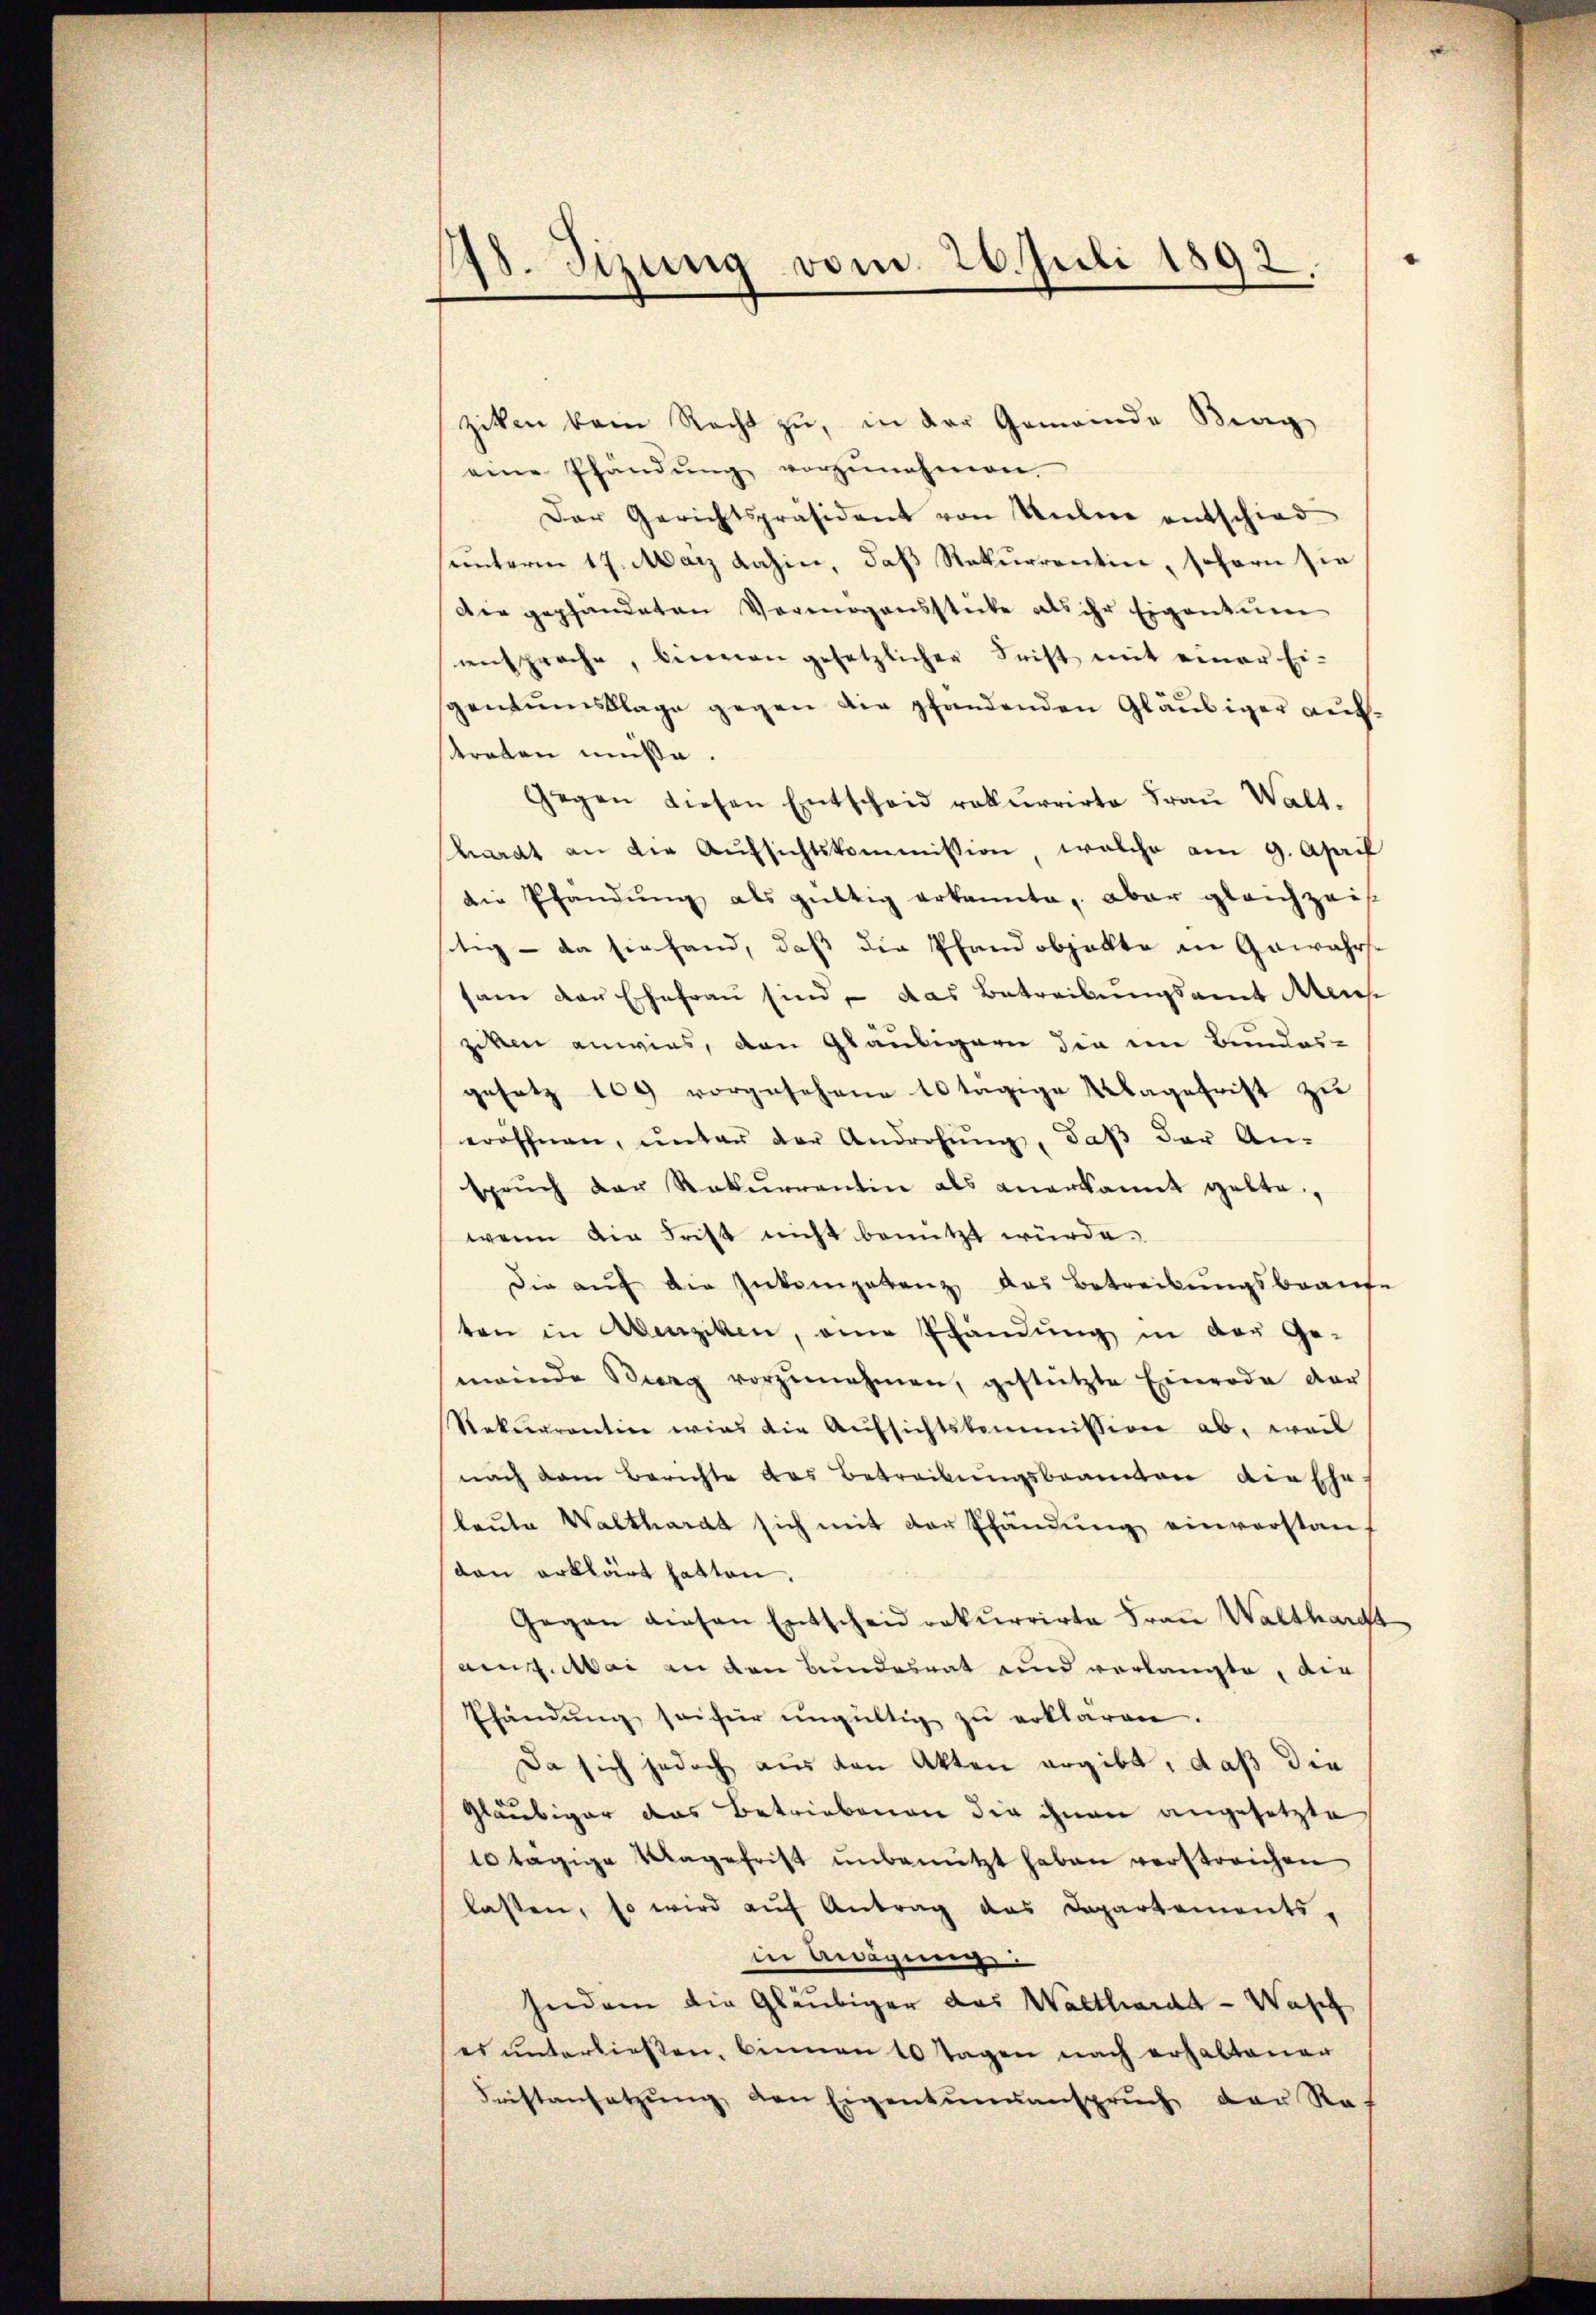
18. Sizung vom 26. Juli 1892

ziken kein Recht zu, in der Gemeinde Berg
eine Pfändŭng vorzŭnehmen.
Der Gerichtspräsident von Untere entschied
unterm 17. Mai dahin, daß Rekurrentin, sofern sie
Die gepfändeten Vermögensstücke als ihr Eigentum
ansprache, binnen gesetzlicher Frist mit einer Ei-
gentumsklage gegen die pfandenden Gläubiger auf,
treten müße.
Gegen diesen Entscheid rekurrirte Fraŭ Walt-
hardt an die Aŭfsichtskommission, welche am 9. April
die Pfändung als gültig erkannte, aber gleichzeis
tig - da sie hand, daß die Pfandobjellte in Gewahrssam der Ehefrau sind – das Betreibungsamt Mens
ziken anwies, den Gläubigern die im Bundes-
gesetz 109 vorgesehene 10 tägige Magefrist zu
eröffnen, ŭnter der Androhŭng, daβ der An-
sprŭch der Rekurrentin als anerkannt gelte,
wenn die Frist nicht benützt würde.
Die aŭf die Inkompetenz das Betreibungsbeaufe
ten in Abenziken, eine Pfändung in der Ge-
meinde Burg vorzŭnehmen, gestützte Einrode der
Rekurrentin wies die Aufsichtskommission ab, weil
nach dem Berichte das Betrackungsbeamten die Ehe
laŭte Walthardt sich mit der Efändung einverstanvon erklärt hatten.
Gegen diesen Entscheid rekurrirte Frau Walthardt
aig. Mai an den Bundesrat und verlangte, die
Ehändŭng sei für ungültig zu erklären.
Da sich jedoch aus den Akten ergibt, daß die
Gläubiger das Betriebenen die ihnen angesetzte
10 tägige Magefrist unbenützt haben verstreichen
lassen, so wird auf Antrag das Departements-
in Aragung
hieder die Gläubiger das Walthardt - Wasch
es unterliessen, binnen 10 Tagen nach erhaltenen
Fristansetzŭng, den Eigentunanspruch der Rah